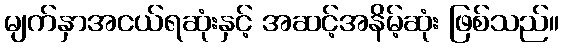
မျက်နှာအငယ်ရဆုံးနှင့် အဆင့်အနိမ့်ဆုံး ဖြစ်သည်။